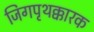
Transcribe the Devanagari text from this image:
जिगपृथक्कारक